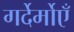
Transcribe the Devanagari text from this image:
गर्देर्मोएँ